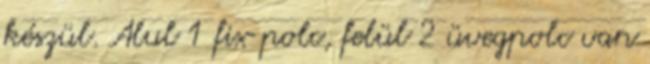
készül. Alul 1 fix polc, felül 2 üvegpolc van